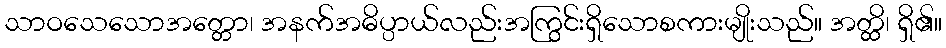
သာဝသေသောအတ္တော၊ အနက်အဓိပ္ပာယ်လည်းအကြွင်းရှိသောစကားမျိုးသည်။ အတ္ထိ၊ ရှိ၏။